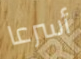
أسرعا